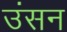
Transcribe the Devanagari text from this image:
उंसन